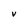
Character: v